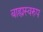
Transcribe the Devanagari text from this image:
बाह्यस्वरुप